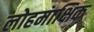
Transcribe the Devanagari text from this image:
लोहमाक्षिक